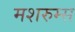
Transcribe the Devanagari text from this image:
मशरुम्स